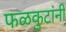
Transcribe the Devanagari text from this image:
फळकुटांनी